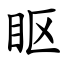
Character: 眍